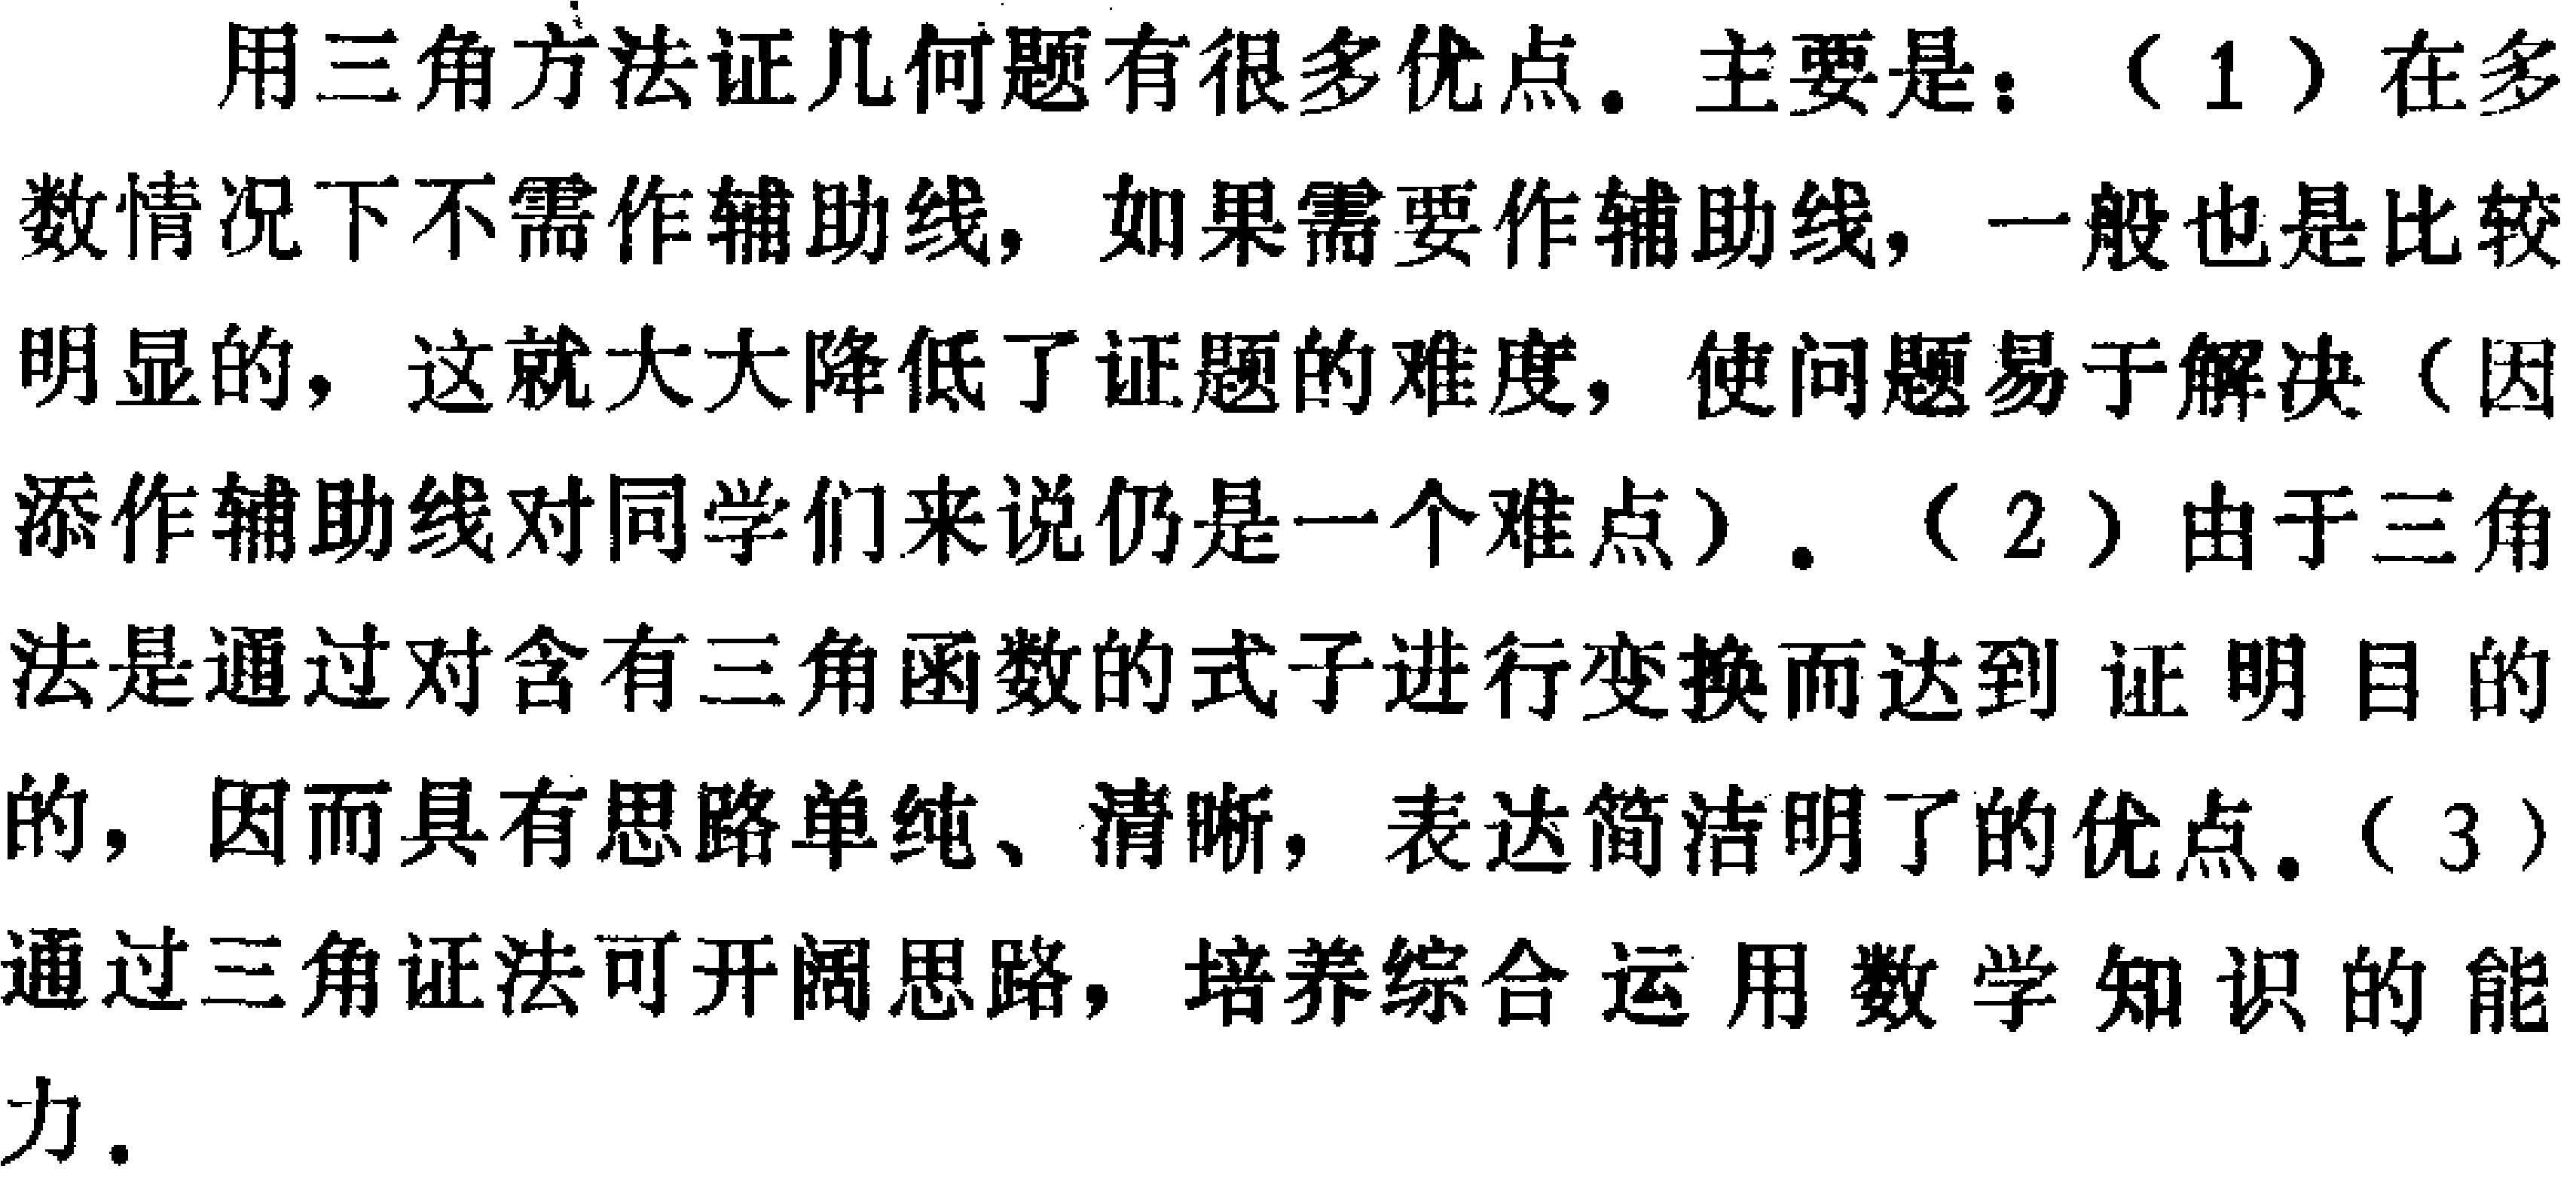
用三角方法证几何题有很多优点。主要是：（1）在多数情况下不需作辅助线，如果需要作辅助线，一般也是比较明显的，这就大大降低了证题的难度，使问题易于解决（因添作辅助线对同学们来说仍是一个难点）。（2）由于三角法是通过对含有三角函数的式子进行变换而达到证明目的的，因而具有思路单纯、清晰，表达简洁明了的优点。（3）通过三角证法可开阔思路，培养综合运用数学知识的能力。